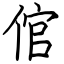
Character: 倌